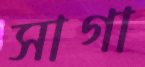
সাগা